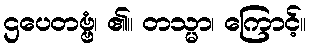
ဌပေတဗ္ဗံ၊ ၏။ တသ္မာ၊ ကြောင့်။